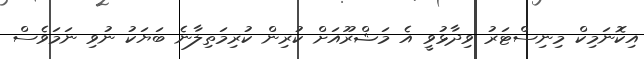
އިކޮނަމިކް މިނިސްޓަރު ވިދާޅުވީ އެ މަޝްރޫއަށް ކުރިން ކުރިމަތިލާނެ ބަޔަކު ނުވި ނަމަވެސް